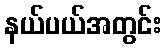
နယ်ပယ်အတွင်း